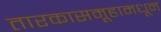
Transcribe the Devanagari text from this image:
तारकासमूहामधून